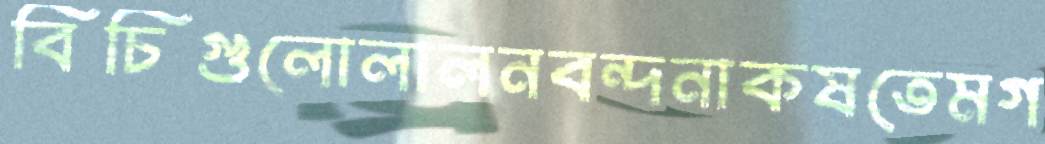
বিচিগুলোলালনবন্দনাকষতেমগ